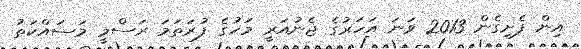
އިން ފެށިގެން 2013 ވަނަ އަހަރުގެ ޖެނުއަރީ މަހުގެ ފުރަތަމަ ރަސްމީ މަސައްކަތު